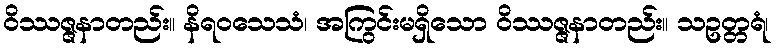
ဝိဿဇ္ဇနာတည်း။ နိရဝသေသံ၊ အကြွင်းမရှိသော ဝိဿဇ္ဇနာတည်း။ သဥတ္တရံ၊